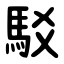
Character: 駁